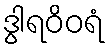
ဒွါရဝိဝရံ